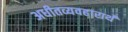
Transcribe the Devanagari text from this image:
अधीतव्यवहारार्थं